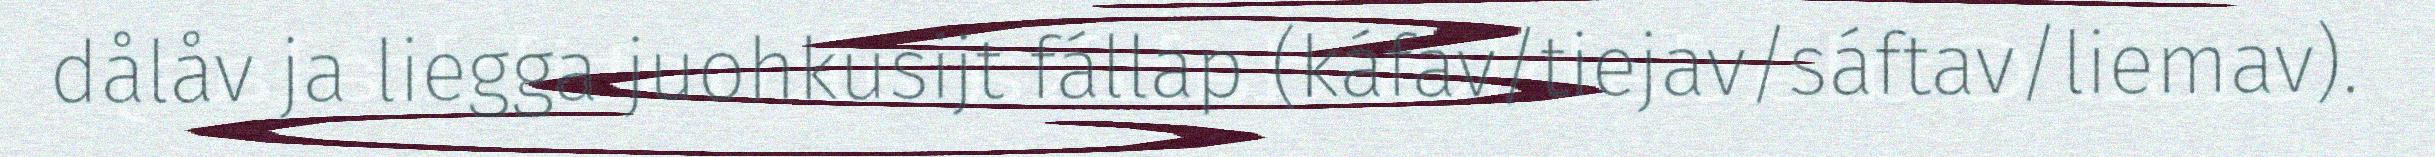
dålåv ja liegga juohkusijt fállap (káfav/tiejav/sáftav/liemav).